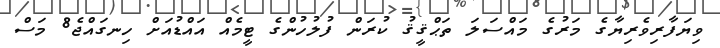
ވިޔަފާރިވެރިޔާގެ މަރުގެ މައްސަލަ ތަޙްޤީޤު ކުރަން ފުލުހުންގެ ޓީމެއް އައްޑުއަށް ހިނގައްޖެ8 މަސް